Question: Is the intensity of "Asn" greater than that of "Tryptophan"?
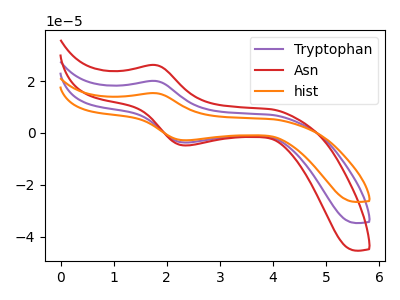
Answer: <think>The purple curve "Tryptophan" has an anodic peak at (1.80V, 20.10uA) and a cathodic peak at (2.35V, -3.70uA). The red curve "Asn" has an anodic peak at (1.80V, 26.25uA) and a cathodic peak at (2.35V, -4.85uA). The orange curve "hist" has an anodic peak at (1.80V, 40.15uA) and a cathodic peak at (2.35V, -7.40uA).
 All the peaks in "Asn" have a peak in "Tryptophan" at the same potential. Every peak in "Asn" is higher than every peak in "Tryptophan".</think>
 <answer>"Asn" has more signal than "Tryptophan".</answer>
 <eval>more_signal</eval>